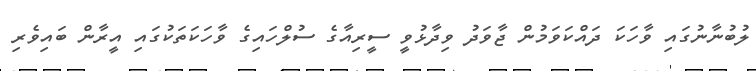
ލުބުނާނުގައި ވާހަކަ ދައްކަވަމުން ޖާވަދު ވިދާޅުވީ ސީރިއާގެ ސުލްހައިގެ ވާހަކަތަކުގައި އީރާން ބައިވެރި